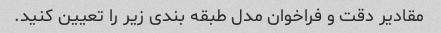
مقادیر دقت و فراخوان مدل طبقه بندی زیر را تعیین کنید.